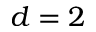
d = 2